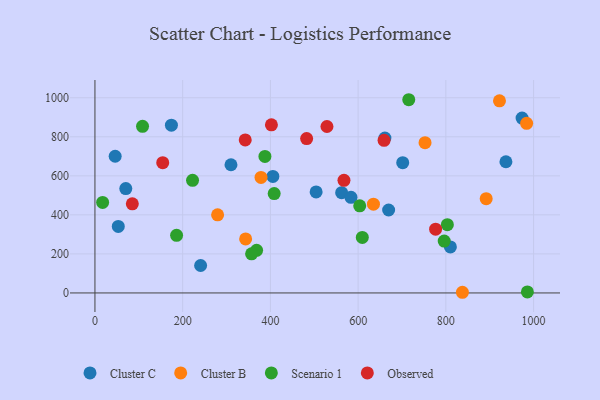
{"axis": {"x": "Experience", "y": "Profit"}, "legend": ["Cluster B", "Cluster C", "Observed", "Scenario 1"], "data": [{"x": "174.3", "y": 859.7, "type": "Cluster C"}, {"x": "53.2", "y": 340.6, "type": "Cluster C"}, {"x": "310.1", "y": 656.8, "type": "Cluster C"}, {"x": "810.3", "y": 235.9, "type": "Cluster C"}, {"x": "936.9", "y": 672.0, "type": "Cluster C"}, {"x": "661.0", "y": 793.7, "type": "Cluster C"}, {"x": "701.6", "y": 667.5, "type": "Cluster C"}, {"x": "46.1", "y": 700.2, "type": "Cluster C"}, {"x": "240.9", "y": 140.5, "type": "Cluster C"}, {"x": "562.4", "y": 513.6, "type": "Cluster C"}, {"x": "973.7", "y": 895.9, "type": "Cluster C"}, {"x": "669.5", "y": 425.0, "type": "Cluster C"}, {"x": "70.3", "y": 534.5, "type": "Cluster C"}, {"x": "405.6", "y": 596.9, "type": "Cluster C"}, {"x": "583.7", "y": 489.7, "type": "Cluster C"}, {"x": "504.2", "y": 517.4, "type": "Cluster C"}, {"x": "378.6", "y": 591.7, "type": "Cluster B"}, {"x": "279.6", "y": 400.1, "type": "Cluster B"}, {"x": "837.7", "y": 3.4, "type": "Cluster B"}, {"x": "922.2", "y": 984.2, "type": "Cluster B"}, {"x": "752.5", "y": 769.8, "type": "Cluster B"}, {"x": "891.9", "y": 482.9, "type": "Cluster B"}, {"x": "634.9", "y": 454.9, "type": "Cluster B"}, {"x": "343.5", "y": 276.9, "type": "Cluster B"}, {"x": "984.1", "y": 869.2, "type": "Cluster B"}, {"x": "603.6", "y": 446.1, "type": "Scenario 1"}, {"x": "108.5", "y": 853.4, "type": "Scenario 1"}, {"x": "715.4", "y": 989.9, "type": "Scenario 1"}, {"x": "796.2", "y": 265.5, "type": "Scenario 1"}, {"x": "17.5", "y": 463.8, "type": "Scenario 1"}, {"x": "222.5", "y": 577.2, "type": "Scenario 1"}, {"x": "803.4", "y": 349.6, "type": "Scenario 1"}, {"x": "387.5", "y": 699.6, "type": "Scenario 1"}, {"x": "368.5", "y": 218.5, "type": "Scenario 1"}, {"x": "609.5", "y": 284.5, "type": "Scenario 1"}, {"x": "408.6", "y": 509.3, "type": "Scenario 1"}, {"x": "985.8", "y": 5.4, "type": "Scenario 1"}, {"x": "357.1", "y": 200.3, "type": "Scenario 1"}, {"x": "186.1", "y": 295.3, "type": "Scenario 1"}, {"x": "85.2", "y": 456.6, "type": "Observed"}, {"x": "567.7", "y": 577.2, "type": "Observed"}, {"x": "659.1", "y": 782.0, "type": "Observed"}, {"x": "482.6", "y": 790.7, "type": "Observed"}, {"x": "528.9", "y": 852.8, "type": "Observed"}, {"x": "154.5", "y": 667.6, "type": "Observed"}, {"x": "776.6", "y": 326.6, "type": "Observed"}, {"x": "342.6", "y": 783.7, "type": "Observed"}, {"x": "402.3", "y": 861.1, "type": "Observed"}]}